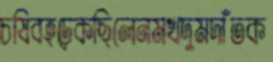
চষিবহড়্‌কেছিলেনমখদুমদাঁতক